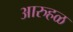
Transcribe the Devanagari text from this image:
आरुहळ